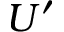
U ^ { \prime }